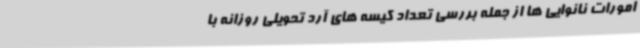
امورات نانوایی ها از جمله بررسی تعداد کیسه های آرد تحویلی روزانه با